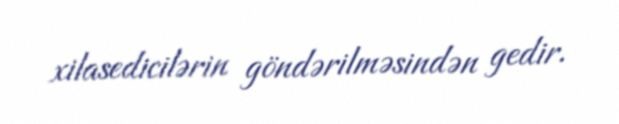
xilasedicilərin göndərilməsindən gedir.